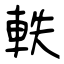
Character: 軼